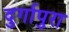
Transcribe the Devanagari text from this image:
दुर्गापुरा